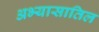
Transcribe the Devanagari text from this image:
अभ्यासातिल